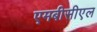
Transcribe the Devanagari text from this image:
एमबीसीएल